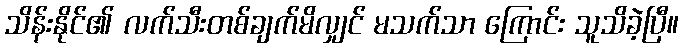
သိန်းနိုင်၏ လက်သီးတစ်ချက်မိလျှင် မသက်သာ ကြောင်း သူသိခဲ့ပြီ။